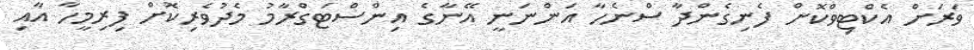
ވަރަށް އެކްޓިވްކޮށް ފެނިގެންދާ ސްނެހާ އަންނަނީ އޭނާގެ އިންސްޓަގްރާމު މެދުވެރިކޮށް ފިރިމީހާ އާއި